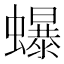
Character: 𧔙